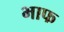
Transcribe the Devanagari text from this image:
भाफ